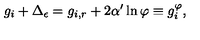
g _ { i } + \Delta _ { \epsilon } = g _ { i , r } + 2 \alpha ^ { \prime } \ln \varphi \equiv g _ { i } ^ { \varphi } ,